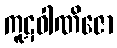
ကူဋဝါဏိဇော